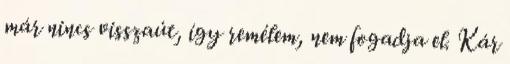
már nincs visszaút, így remélem, nem fogadja el. Kár